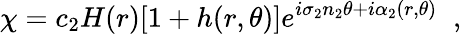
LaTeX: \chi=c_{2}H(r)[1+h(r,\theta)]e^{i\sigma_{2}n_{2}\theta+i\alpha_{2}(r,\theta)}\; \; ,